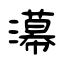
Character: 濗